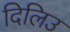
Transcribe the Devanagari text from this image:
दिलिउ